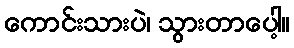
ကောင်းသားပဲ၊ သွားတာပေါ့။